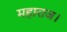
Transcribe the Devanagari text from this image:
महाराज।